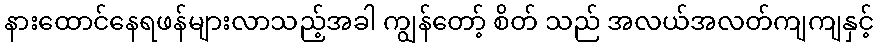
နားထောင်နေရဖန်များလာသည့်အခါ ကျွန်တော့် စိတ် သည် အလယ်အလတ်ကျကျနှင့်